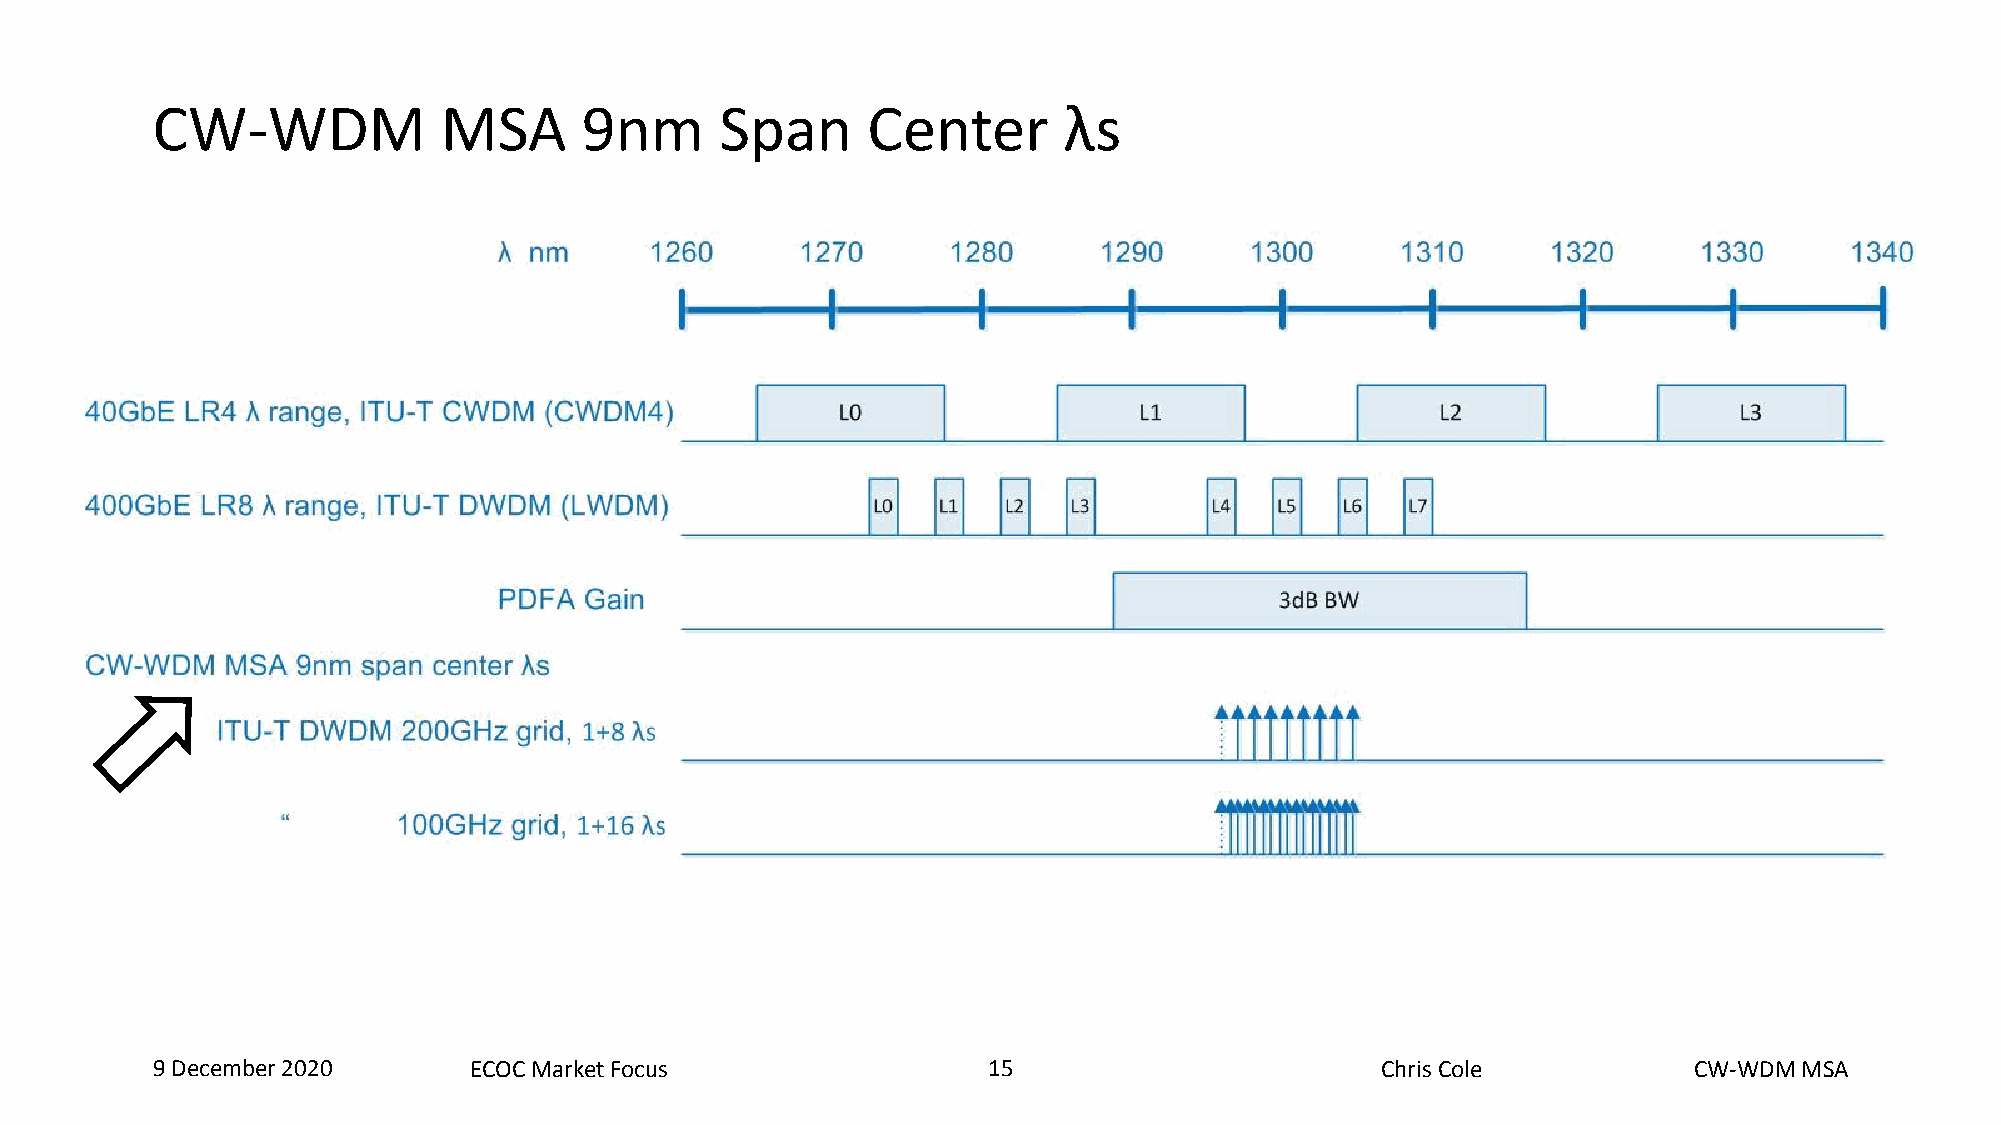
CW-WDM             MSA      9nm       Span     Center       λs
 9 December 2020      ECOC Market Focus                 15  15                    Chris Cole           CW-WDM MSA